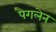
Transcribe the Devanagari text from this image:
पैगलेन